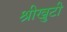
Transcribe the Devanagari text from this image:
श्रीखुटी